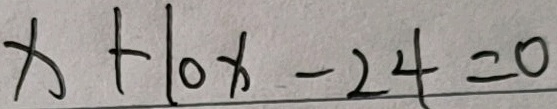
x + 1 0 x - 2 4 = 0